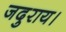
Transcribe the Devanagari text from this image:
जदुराय।